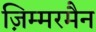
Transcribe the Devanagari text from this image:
ज़िम्मरमैन